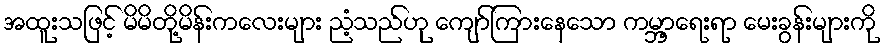
အထူးသဖြင့် မိမိတို့မိန်းကလေးများ ညံ့သည်ဟု ကျော်ကြားနေသော ကမ္ဘာ့ရေးရာ မေးခွန်းများကို